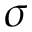
\sigma